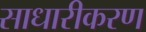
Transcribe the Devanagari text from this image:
साधारीकरण